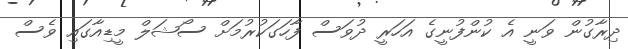
ދިރާގުން ވަނީ އެ ކުންފުނީގެ އަހަރީ ދުވަސް ފާހަގަކުރުމަށް ސޯޝަލް މީޑިއާގައި ވެސް